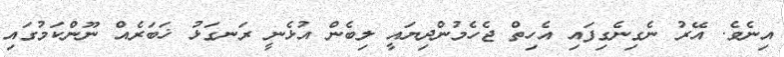
އިނެވެ. އޭރު ނެގިނެގިފައި އެހިތް ޖެހެމުންދިޔައީ ލިބެން އުޅެނީ ރަނގަޅު ޚަބަރެއް ނޫންކަމުގައި